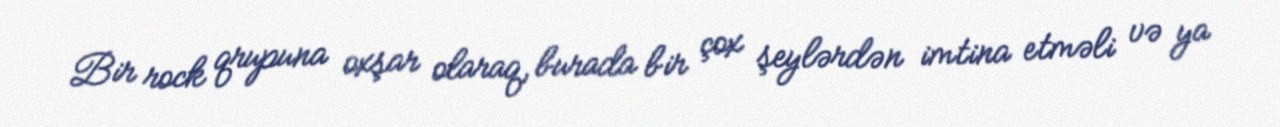
Bir rock qrupuna oxşar olaraq, burada bir çox şeylərdən imtina etməli və ya